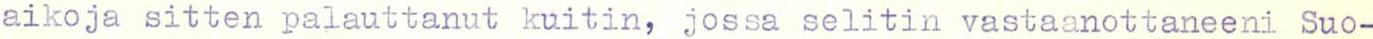
aikoja sitten palauttanut kuitin, jossa selitin vastaanottaneeni Suo-